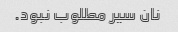
نان سیر مطلوب نبود.